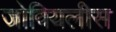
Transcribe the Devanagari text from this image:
जोवियलीस